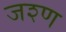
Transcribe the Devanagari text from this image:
जश्ण